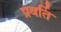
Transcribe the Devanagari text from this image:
प्रवर्ति